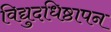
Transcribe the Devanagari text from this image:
विद्युदधिष्ठापन